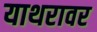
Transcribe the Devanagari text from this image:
याथरावर